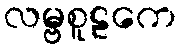
လမ္ဗစူဠကေ